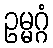
ဥမ္မဂ္ဂံ